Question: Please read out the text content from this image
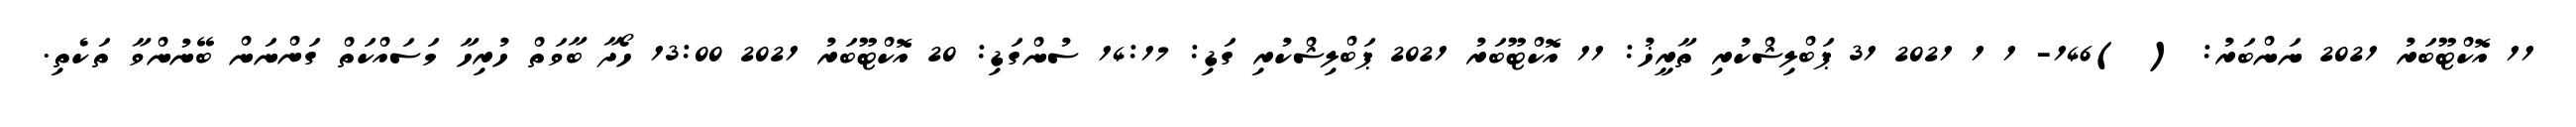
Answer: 11 އޮކްޓޫބަރު 2021 ނަންބަރު: ( )146- 1 1 2021 31 ޕަބްލިޝްކުރި ތާރީޚު: 11 އޮކްޓޫބަރު 2021 ޕަބްލިޝްކުރި ގަޑި: 14:17 ސުންގަޑި: 20 އޮކްޓޫބަރު 2021 13:00 ހޯދާ ބާވަތް ހުރިހާ މަސައްކަތް ގަންނަން ބޭނުންވާ ތަކެތި.